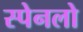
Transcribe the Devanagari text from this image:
स्पेनलो